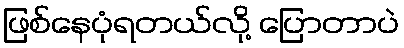
ဖြစ်နေပုံရတယ်လို့ ပြောတာပဲ